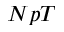
N p T